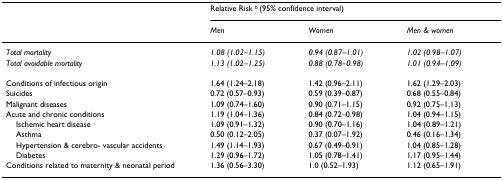
<table><thead><tr><td></td><td colspan="3"><b>Relative Risk <sup><i>b </i></sup>(95% confidence interval)</b></td></tr><tr><td></td><td><b><i>Men</i></b></td><td><b><i>Women</i></b></td><td><b><i>Men &amp; women</i></b></td></tr></thead><tbody><tr><td><i>Total mortality</i></td><td><i>1.08 (1.02–1.15)</i></td><td><i>0.94 (0.87–1.01)</i></td><td><i>1.02 (0.98–1.07)</i></td></tr><tr><td><i>Total avoidable mortality</i></td><td><i>1.13 (1.02–1.25)</i></td><td><i>0.88 (0.78–0.98)</i></td><td><i>1.01 (0.94–1.09)</i></td></tr><tr><td>Conditions of infectious origin</td><td>1.64 (1.24–2.18)</td><td>1.42 (0.96–2.11)</td><td>1.62 (1.29–2.03)</td></tr><tr><td>Suicides</td><td>0.72 (0.57–0.93)</td><td>0.59 (0.39–0.87)</td><td>0.68 (0.55–0.84)</td></tr><tr><td>Malignant diseases</td><td>1.09 (0.74–1.60)</td><td>0.90 (0.71–1.15)</td><td>0.92 (0.75–1.13)</td></tr><tr><td>Acute and chronic conditions</td><td>1.19 (1.04–1.36)</td><td>0.84 (0.72–0.98)</td><td>1.04 (0.94–1.15)</td></tr><tr><td> Ischemic heart disease</td><td>1.09 (0.91–1.32)</td><td>0.90 (0.70–1.16)</td><td>1.04 (0.89–1.21)</td></tr><tr><td> Asthma</td><td>0.50 (0.12–2.05)</td><td>0.37 (0.07–1.92)</td><td>0.46 (0.16–1.34)</td></tr><tr><td> Hypertension &amp; cerebro- vascular accidents</td><td>1.49 (1.14–1.93)</td><td>0.67 (0.49–0.91)</td><td>1.04 (0.85–1.28)</td></tr><tr><td> Diabetes</td><td>1.29 (0.96–1.72)</td><td>1.05 (0.78–1.41)</td><td>1.17 (0.95–1.44)</td></tr><tr><td>Conditions related to maternity &amp; neonatal period</td><td>1.36 (0.56–3.30)</td><td>1.0 (0.52–1.93)</td><td>1.12 (0.65–1.91)</td></tr></tbody></table>